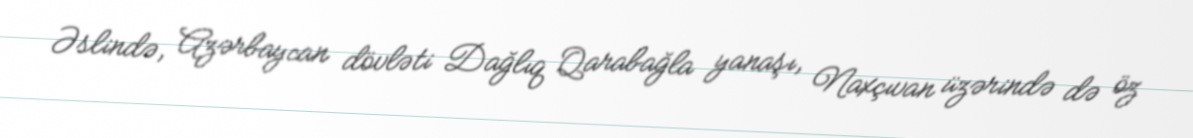
Əslində, Azərbaycan dövləti Dağlıq Qarabağla yanaşı, Naxçıvan üzərində də öz